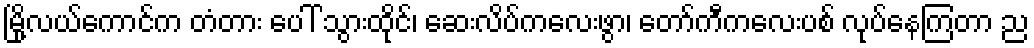
မြို့လယ်ကောင်က တံတား ပေါ် သွားထိုင်၊ ဆေးလိပ်ကလေးဖွာ၊ တော်ကီကလေးပစ် လုပ်နေကြတာ ည